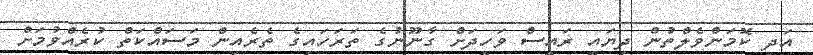
އަދި ކޮމަންވެލްތުން ދިޔައީ ރައީސް ވަހީދަށް ގާނޫނުގެ ތަރަހައިގެ ތެރެއިން މަސައްކަތް ކުރެއްވުމަށް